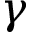
\gamma